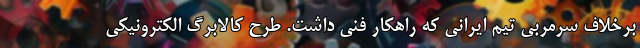
برخلاف سرمربی تیم ایرانی که راهکار فنی داشت. طرح کالابرگ الکترونیکی